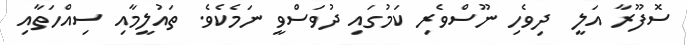
ސޮފޫރާ އަލީ  ދިވެހި ނޫސްވެރި ކަމުގައި ދުވަސްވީ ނަމެކެވެ. ތައުލީމާއި ސިއްހަތާއި